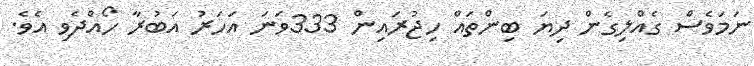
ނަމަވެސް ގެއްލިގެން ދިޔަ ބިންތައް ހިޖުރައިން 333ވަނަ އަހަރު އަބުރާ ހޯއްދެވި އެވެ.